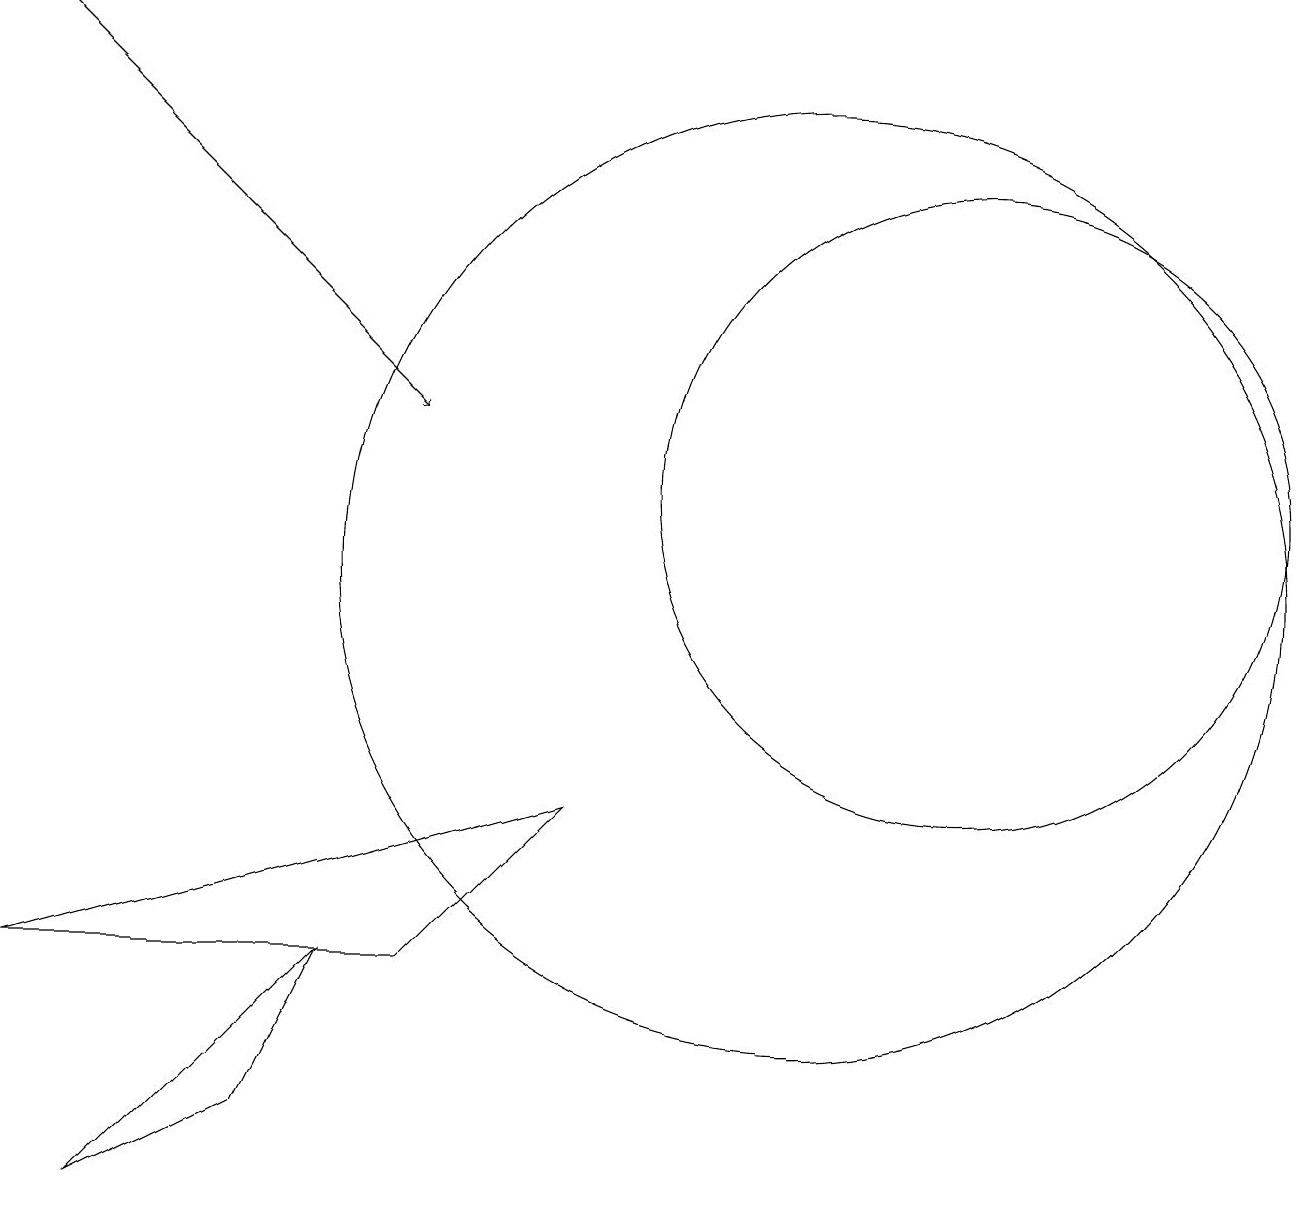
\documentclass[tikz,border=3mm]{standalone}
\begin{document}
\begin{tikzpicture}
\draw (12,12) circle (4);
\draw (10,11) circle (6);
\draw (1,3) -- (3,4) -- (4,6) -- cycle;
\draw (7,8) -- (5,6) -- (0,6) -- cycle;
\draw[->] (0,18) -- (5,13);
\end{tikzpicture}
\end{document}